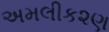
અમલીક૨ણ